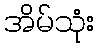
အိမ်သုံး